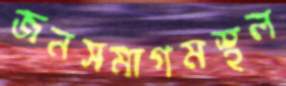
জনসমাগমস্থল